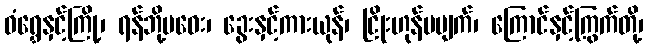
ဝံရွှေနှင့်ကြို့၊ ရန်ဘို့မဝေး၊ ခွေးနှင့်ကားယုန်၊ ငြိုးဟုန်မပျက်၊ ကြောင်နှင့်ကြွက်တို့၊